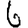
Digit: 6